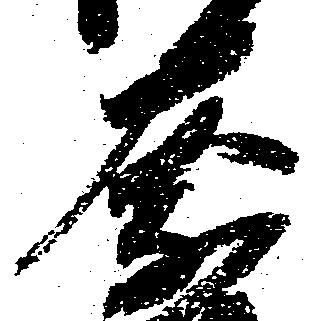
奈